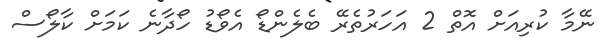
ނޭމާ ކުރިއަށް އޮތް 2 އަހަރުތެރޭ ބެލެންޑޯ އެވޯޑު ހޯދާނެ ކަމަށް ކާލޯސް